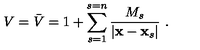
V = \bar { V } = 1 + \sum _ { s = 1 } ^ { s = n } \frac { M _ { s } } { | { \bf x } - { \bf x } _ { s } | } \ .